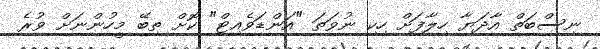
ނިސްބަތް އާދަޔާ ހިލާފަށް ހިކި ނުވަތަ "އަންޑަވެއިޓް" ކޮށް ތިބޭ މީހުންނަށް ވުރެ